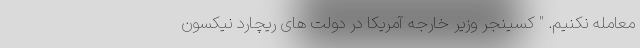
معامله نکنیم. " کسینجر وزیر خارجه آمریکا در دولت های ریچارد نیکسون